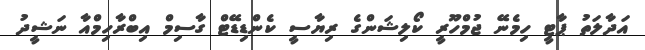
އަދާލަތު ޕާޓީ ހިމެނޭ ޖުމްހޫރީ ކޯލިޝަންގެ ރިޔާސީ ކެންޑިޑޭޓް ގާސިމް އިބްރާހިމްއާ ނަޝީދު